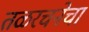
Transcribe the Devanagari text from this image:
तळरचनेचा